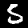
Digit: 5